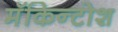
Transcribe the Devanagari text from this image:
मॅकिन्टोश